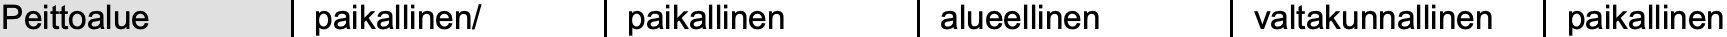
Peittoalue paikallinen/ paikallinen alueellinen valtakunnallinen paikallinen